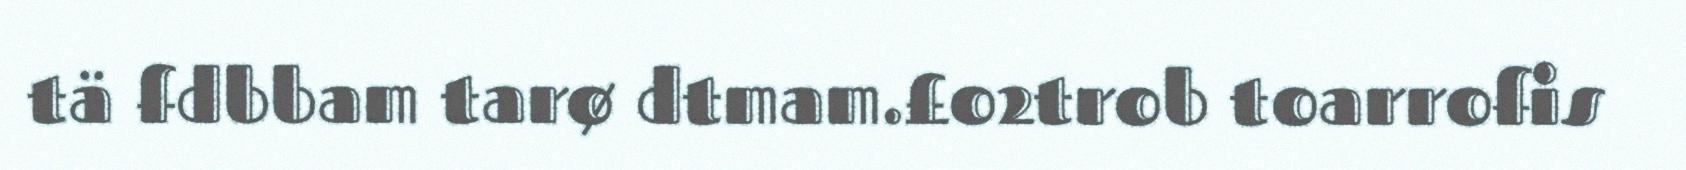
tä fdbbam tarø dtmam.£o2trob toarrofis